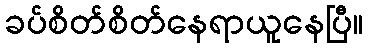
ခပ်စိတ်စိတ်နေရာယူနေပြီ။